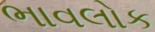
ભાવલોક